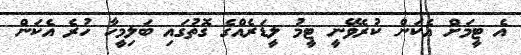
އެ ޓީމަށް އެކަން ކުރެވޭނީ ޓީމު ލީޑަރެއްގެ ގޮތުގައި ބަލިމީހާ ހުރެ އެކަން